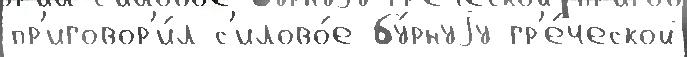
пр'иговор'и́л с'илово́е бу́рнуjу гр'е́ческой